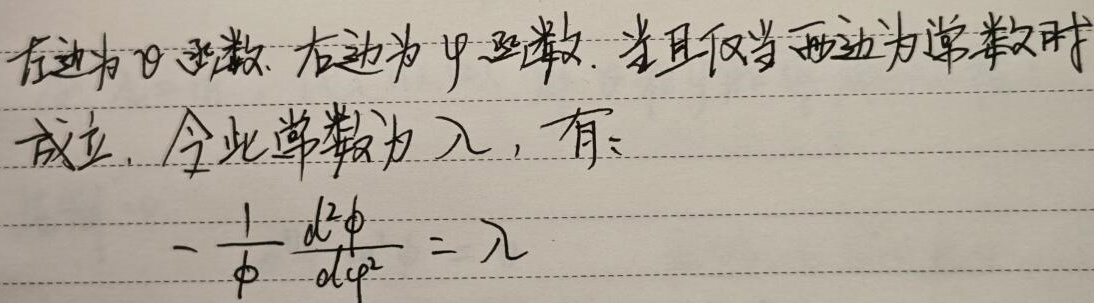
左边为\(\theta\)函数，右边为\(\varphi\)函数，当且仅当两边为常数时成立，令此常数为\(\lambda\)，有：
\[
-\frac{1}{\phi}\frac{d^{2}\phi}{d\varphi^{2}}=\lambda
\]